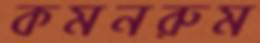
কমনরুম